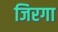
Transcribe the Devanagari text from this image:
जिरगा